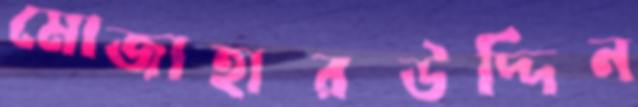
মোজাহারউদ্দিন